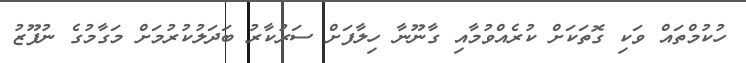
ހުކުމްތައް ވަކި ގޮތަކަށް ކުރެއްވުމާއި ގާނޫނާ ހިލާފަށް ސަރުކާރު ބަދަލުކުރުމަށް މަގާމުގެ ނުފޫޒު